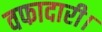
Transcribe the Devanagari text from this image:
वफादारी।